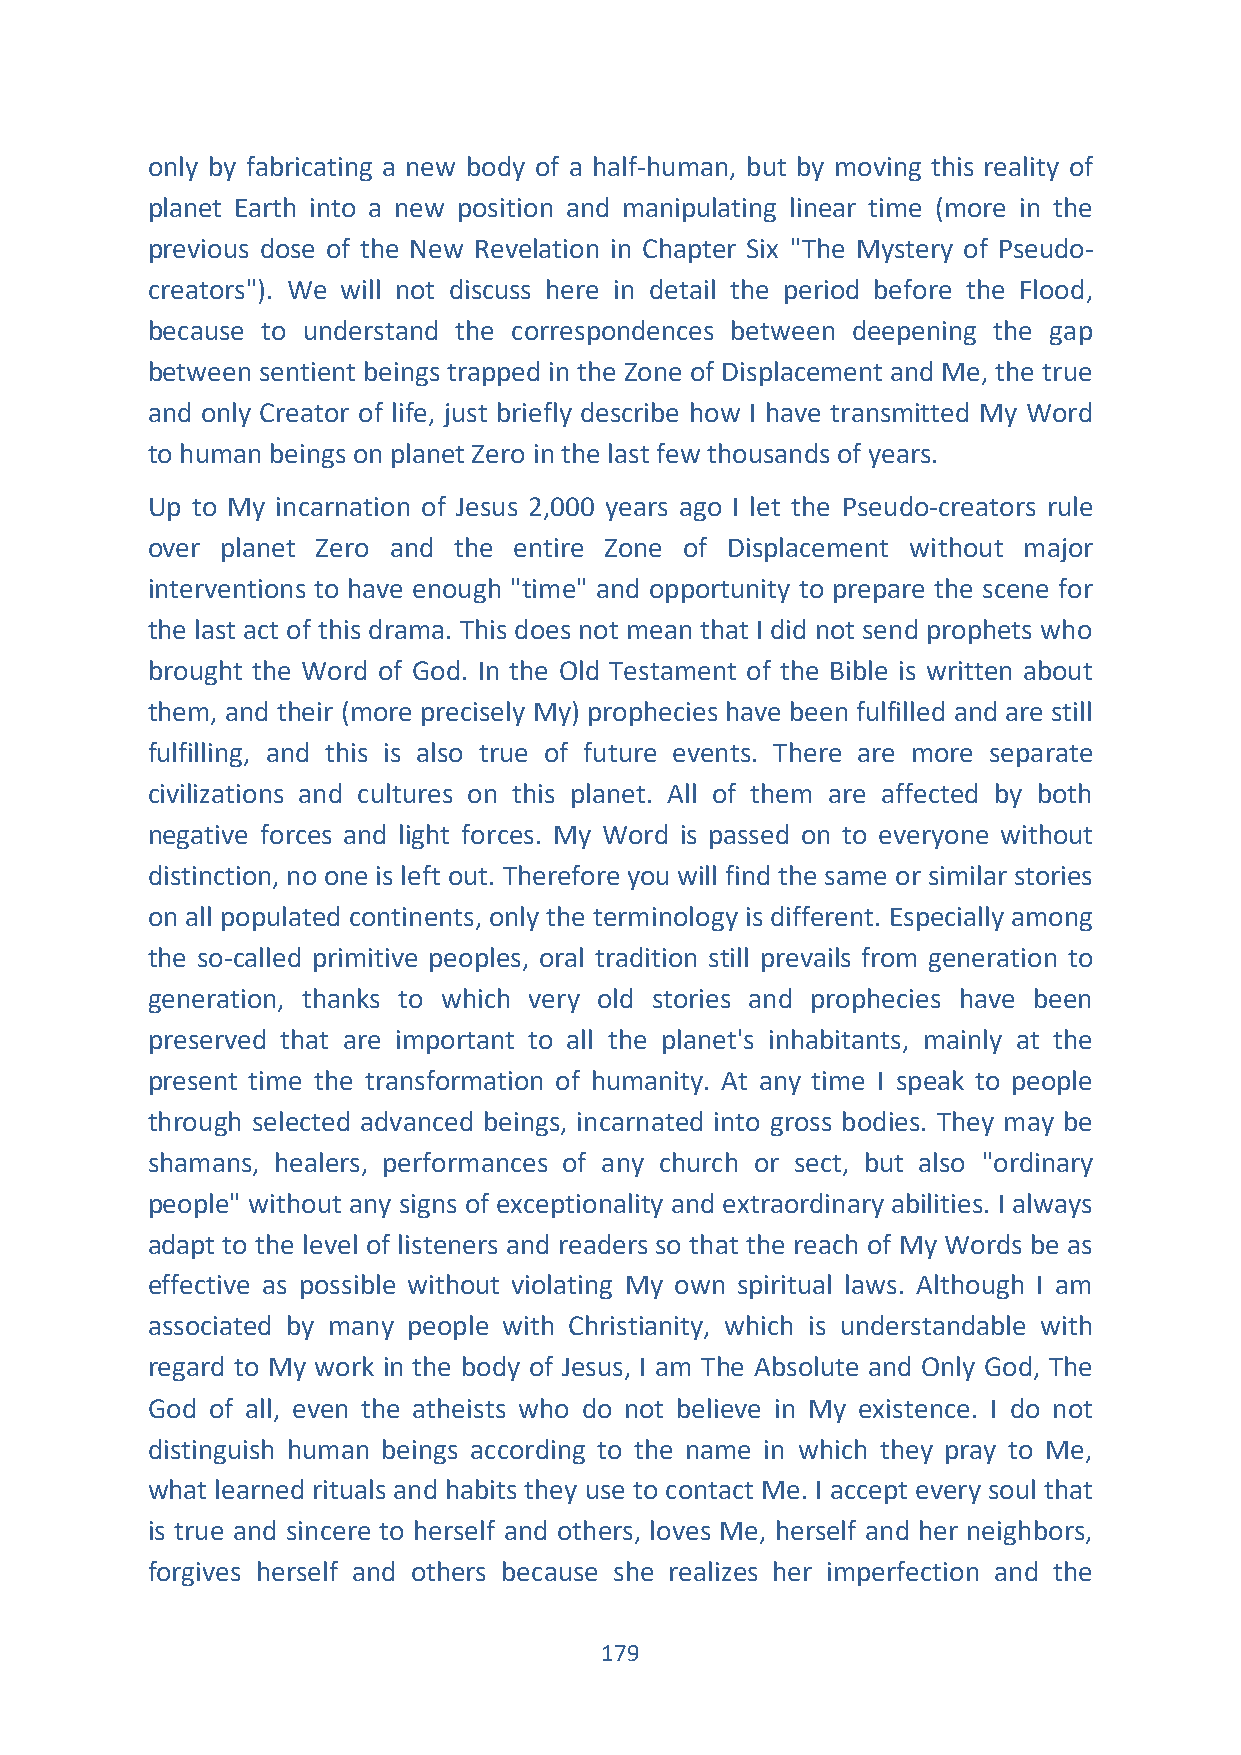
only by fabricating a new body of a half-human, but by moving this reality of
 planet Earth into a new position and manipulating linear time (more in the
 previous dose of the New Revelation in Chapter Six "The Mystery of Pseudo-
 creators"). We will not discuss here in detail the period before the Flood,
 because to understand the correspondences between deepening the gap
 between sentient beings trapped in the Zone of Displacement and Me, the true
 and only Creator of life, just briefly describe how I have transmitted My Word
 to human beings on planet Zero in the last few thousands of years.
 Up to My incarnation of Jesus 2,000 years ago I let the Pseudo-creators rule
 over planet Zero and the entire Zone of Displacement without major
 interventions to have enough "time" and opportunity to prepare the scene for
 the last act of this drama. This does not mean that I did not send prophets who
 brought the Word of God. In the Old Testament of the Bible is written about
 them, and their (more precisely My) prophecies have been fulfilled and are still
 fulfilling, and this is also true of future events. There are more separate
 civilizations and cultures on this planet. All of them are affected by both
 negative forces and light forces. My Word is passed on to everyone without
 distinction, no one is left out. Therefore you will find the same or similar stories
 on all populated continents, only the terminology is different. Especially among
 the so-called primitive peoples, oral tradition still prevails from generation to
 generation, thanks to which very old stories and prophecies have been
 preserved that are important to all the planet's inhabitants, mainly at the
 present time the transformation of humanity. At any time I speak to people
 through selected advanced beings, incarnated into gross bodies. They may be
 shamans, healers, performances of any church or sect, but also "ordinary
 people" without any signs of exceptionality and extraordinary abilities. I always
 adapt to the level of listeners and readers so that the reach of My Words be as
 effective as possible without violating My own spiritual laws. Although I am
 associated by many people with Christianity, which is understandable with
 regard to My work in the body of Jesus, I am The Absolute and Only God, The
 God of all, even the atheists who do not believe in My existence. I do not
 distinguish human beings according to the name in which they pray to Me,
 what learned rituals and habits they use to contact Me. I accept every soul that
 is true and sincere to herself and others, loves Me, herself and her neighbors,
 forgives herself and others because she realizes her imperfection and the
 179